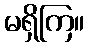
မရှိကြ။